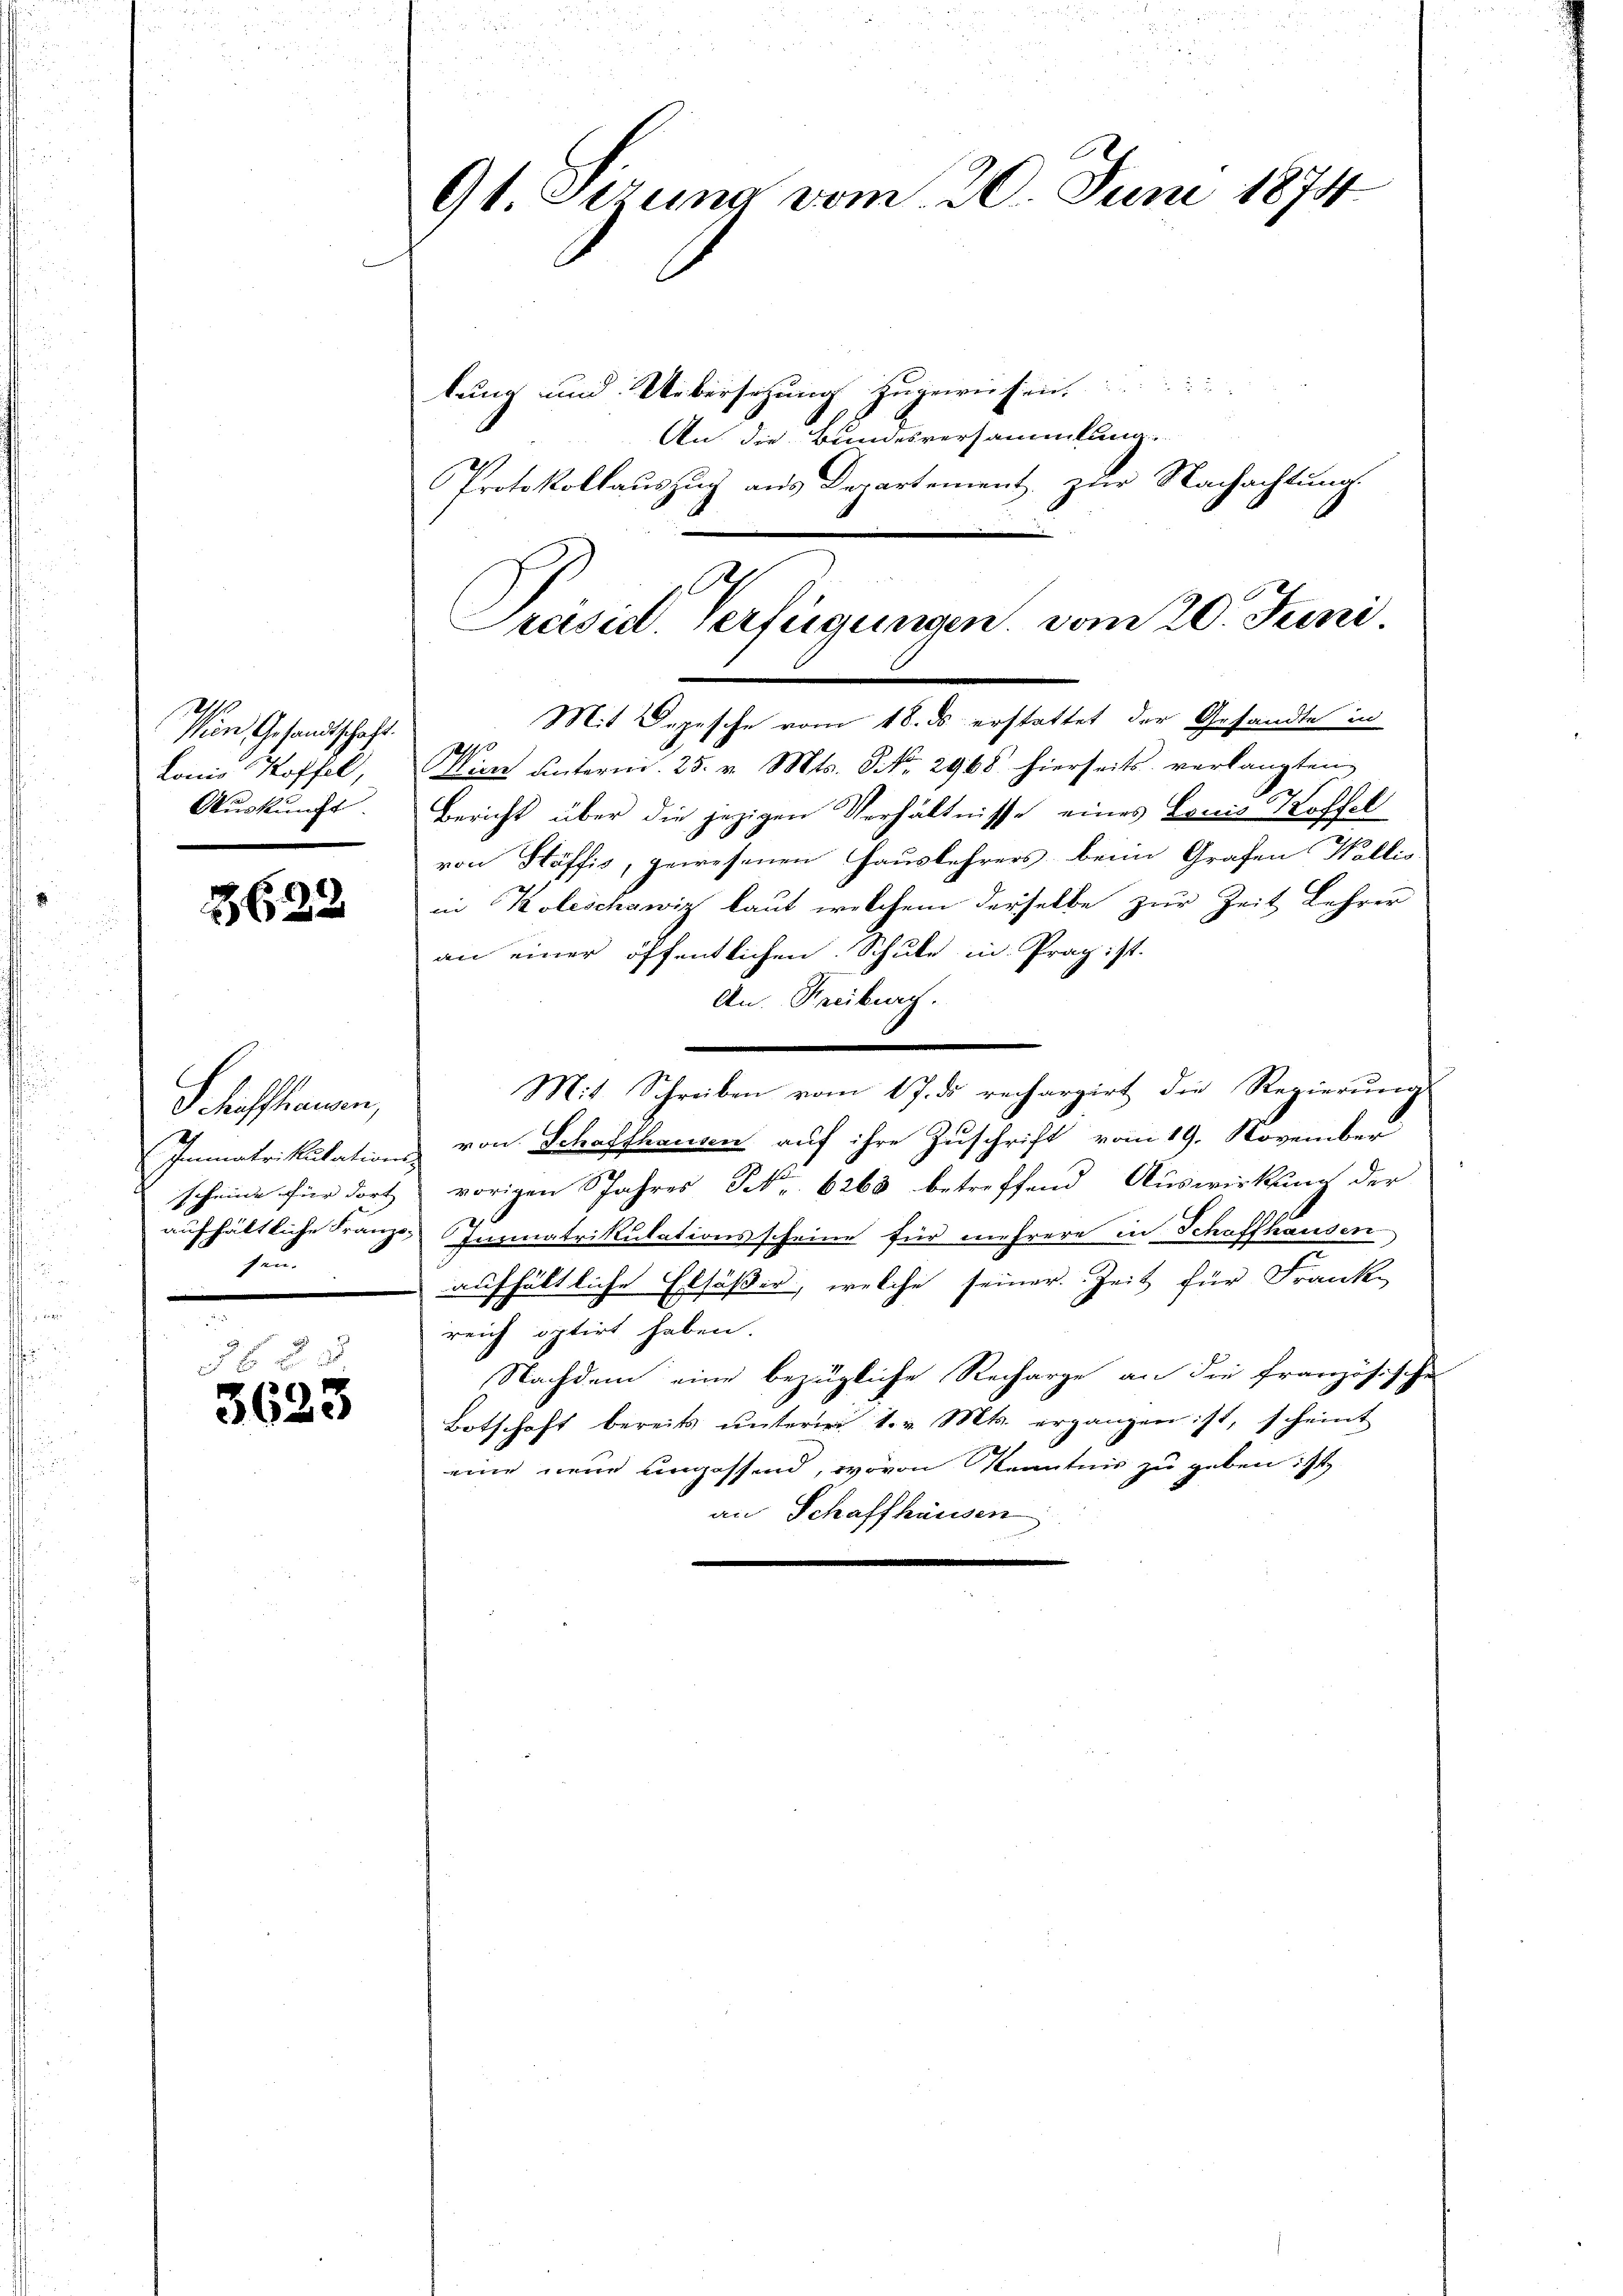
Wien Gesandtschaft.
Lonis Koffel,
Auskunft

3622

Schaffhausen,
zun

68 x
5623

91 Sizung vom 20. Juni 1874

lung und Uebersetzung zugewissen
An die Bundesversammlung
Protokollauszug aus Departement zur Nachachtung.
Wien unterm 25. v. Mts. No. 2968 hierseits verlangten
Bericht über die jezigen Verhältnisse eines Lanis Koffel
von Stäffis, gewesenen Hauslehrers beim Grafen Wallis
in Koleschawiz laut welchem derselbe zur Zeit Lehrer
an einer öffentlichen Schule in Prag ist.
An. Freiburg.
Mit Schreiben vom 17. ds rechargirt die Regierung
Immatrikulations von Schaffhausen auf ihre Zuschrift vom 19. November
scheide für dort vorigen Jahres No 6263 betreffend Auswirkung der
aufhältliche Franze Immatrikulationsscheine für mehrere in Schaffhausen
aufhältliche Ersäßer, welche seiner Zeit für Frank-
reich optirt haben.
Nachdem eine bezügliche Recharge an die französische
Botschaft bereits ŭnterm 4. v. Mts. ergangen ist, scheint
eine neue ungassend, wovon Kenntnis zu geben ist
an Schaffhausen

A
Präsid. Verfügungen. vom 20. Juni.
Mit Depesche vom 18. ds erstattet der Gesandte in